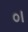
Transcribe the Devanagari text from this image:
०।